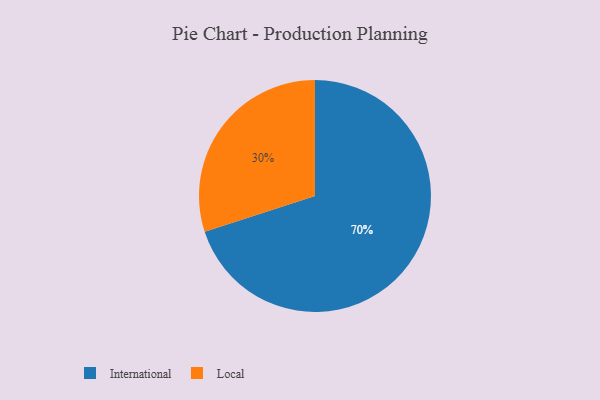
{"axis": {"x": "Category", "y": "Percentage"}, "legend": ["International", "Local"], "data": [{"x": "International", "y": 70, "type": "International"}, {"x": "Local", "y": 30, "type": "Local"}]}